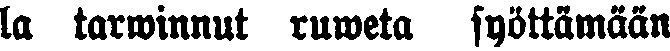
la tarwinnut ruweta syöttämään